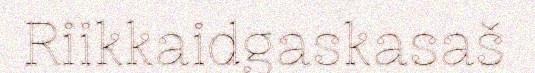
Riikkaidgaskasaš